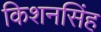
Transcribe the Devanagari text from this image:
किशनसिंह